Tartu_pedagoogiumi_aruanded, lk 82
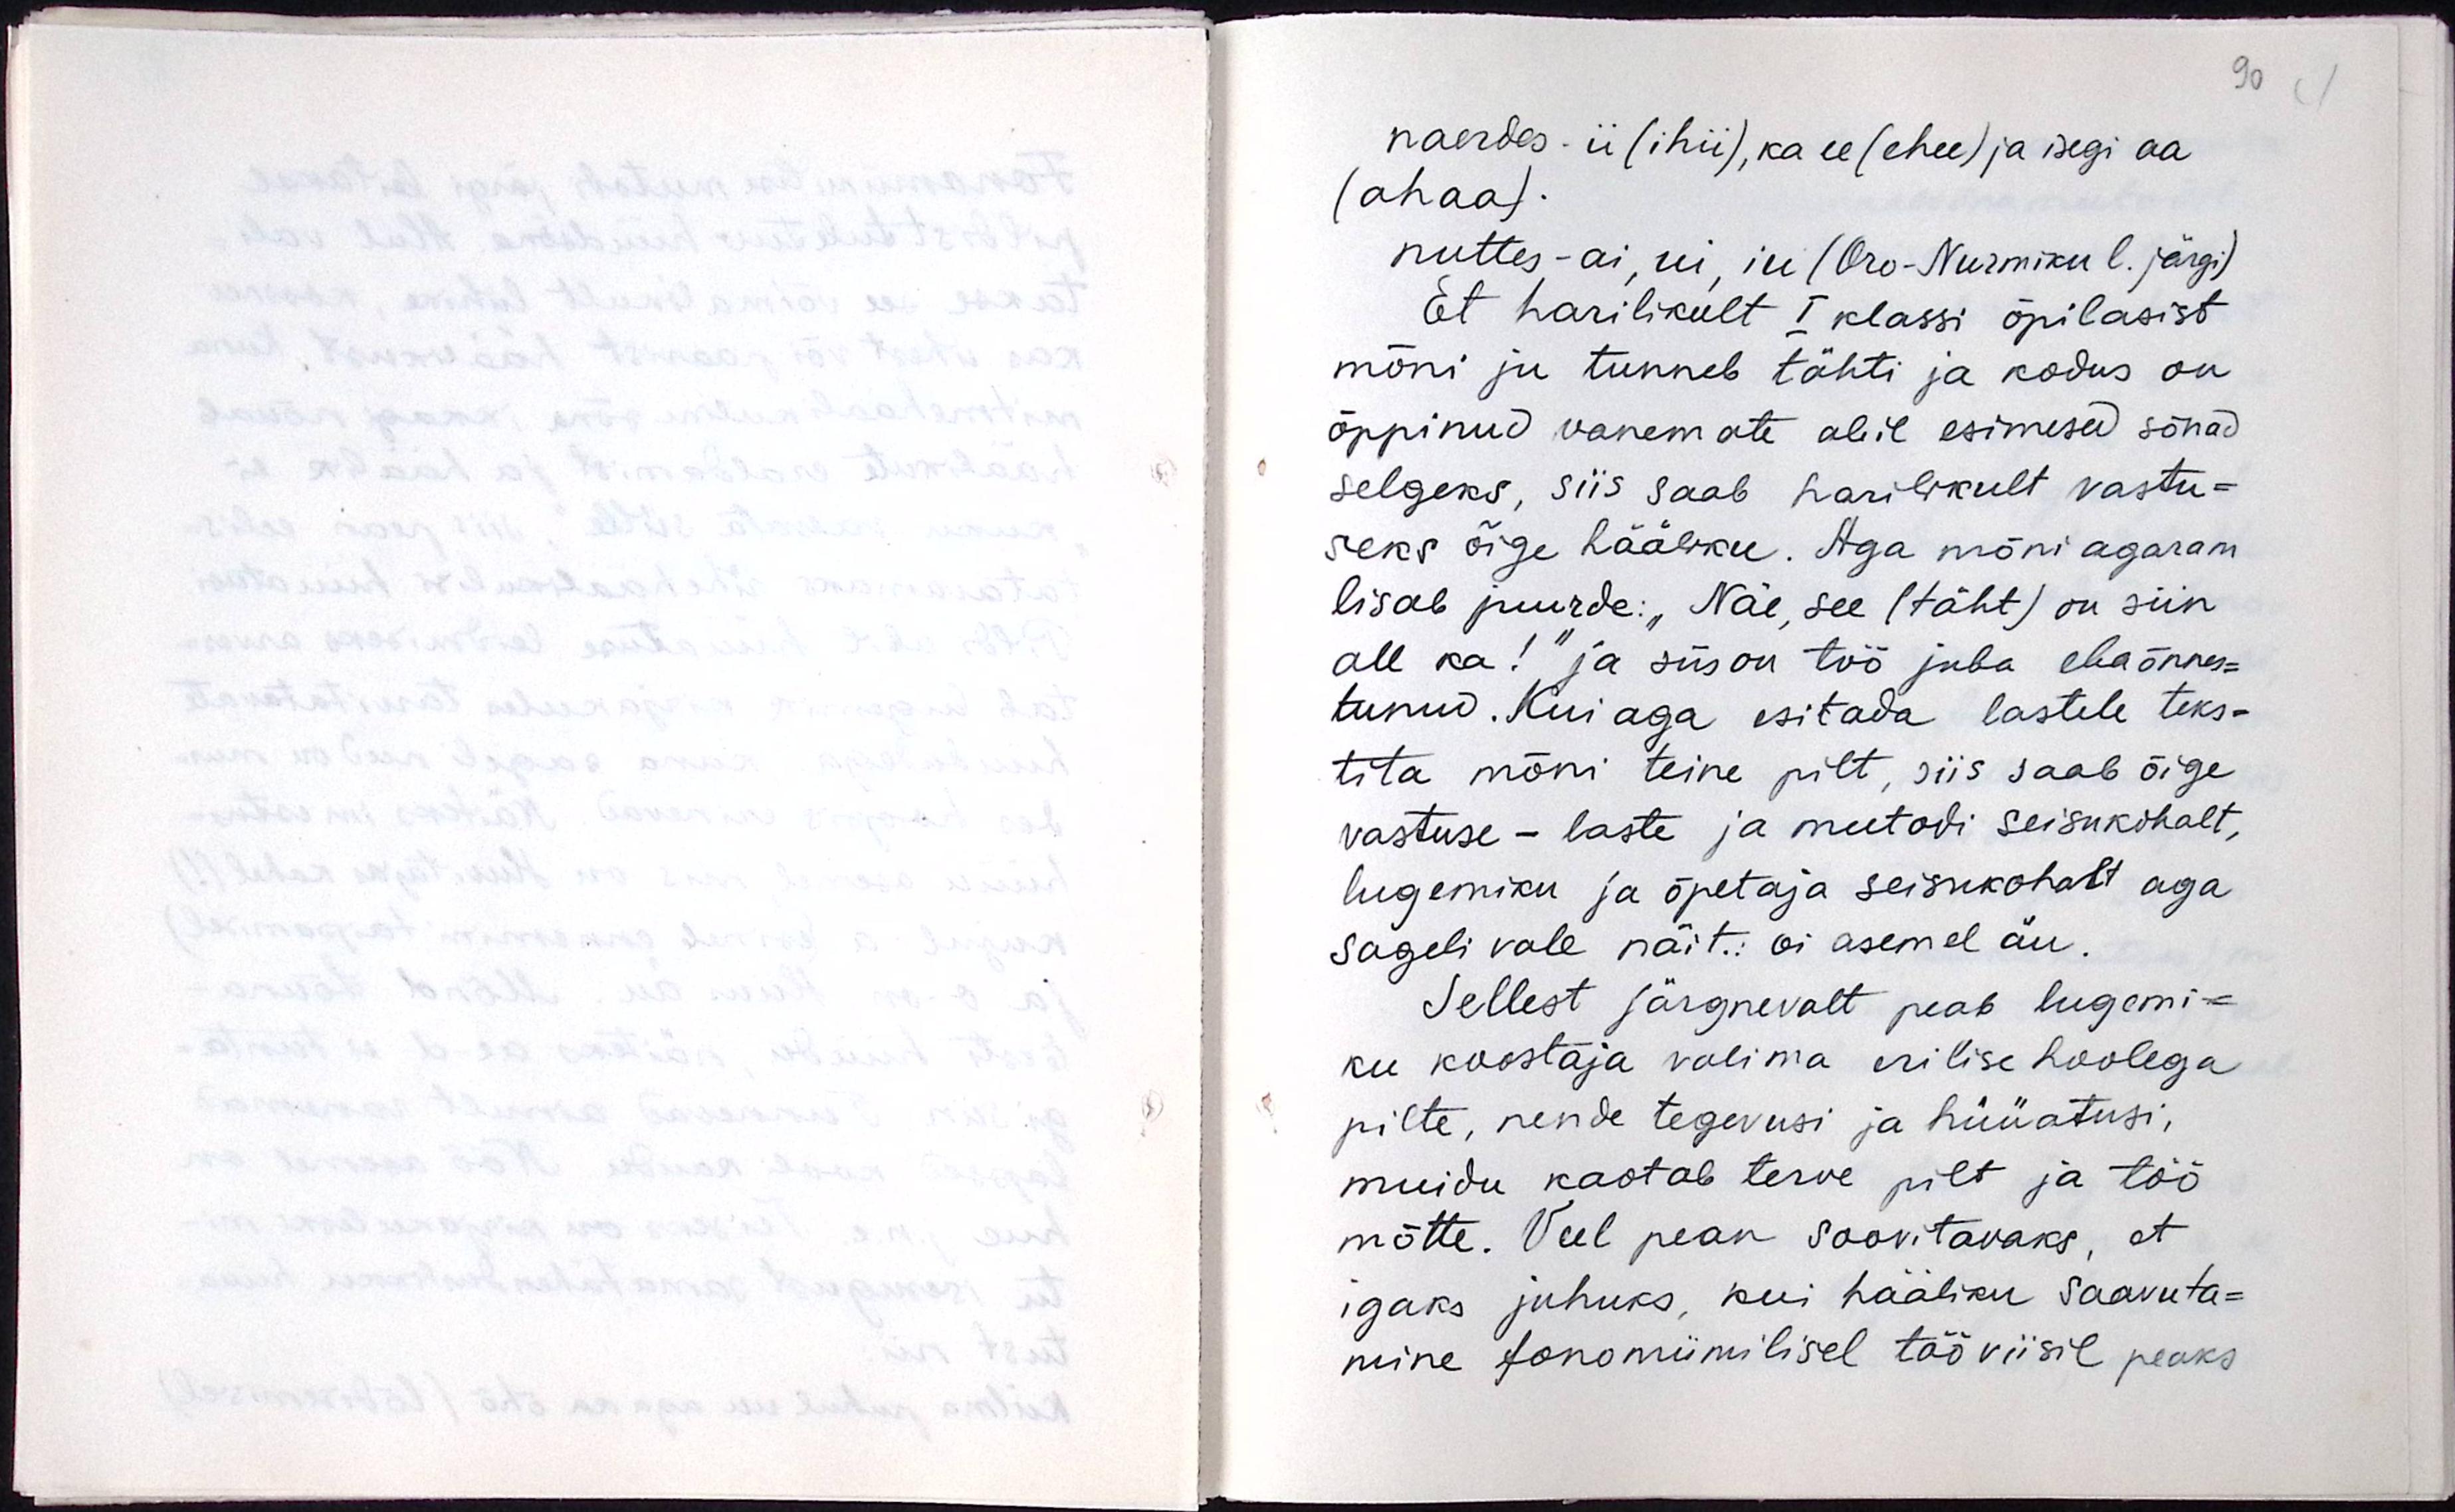
naerdes ii (ihii), ka ee (ehee) ja isegi aa
(ahaa).
nuttes - ai, ui, iu (Oro-Nurmiku l. järgi)
Et harilikult I. klassi õpilasist
mõni ju tunneb tähti ja kodus on
õppinud vanemate abil esimesed sõnad
selgeks, siis saab harilikult vastu-
seks õige hääliku. Aga mõni agaram
lisab juurde: "Näe, see (täht) on siin
all ka!" ja siis on töö juba ebaõnnes-
tunud. Kui aga esitada lastele teks-
tita mõni teine pilt, siis saab õige
vastuse - laste ja meetodi seisukohalt,
lugemiku ja õpetaja seisukohalt aga
sageli vale näit.: oi asemel äu.
Sellest järgnevalt peab lugemi-
ku koostaja valima erilise hoolega
pilte, nende tegevusi ja hüüatusi,
muidu kaotab terve pilt ja töö
mõtte. Veel pean soovitavaks, et
igaks juhuks, kui hääliku saavuta-
mine fonomiimilisel tööviisil peaks